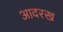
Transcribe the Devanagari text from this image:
आदरख